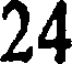
24